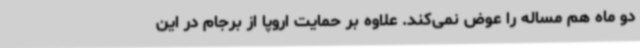
دو ماه هم مساله را عوض نمی‌کند. علاوه بر حمایت اروپا از برجام در این